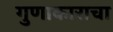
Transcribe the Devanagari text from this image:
गुणाकाराचा